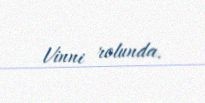
Vinni rolunda.